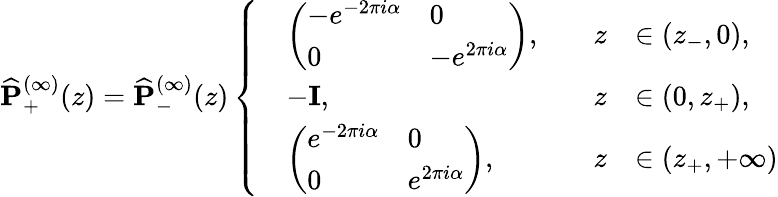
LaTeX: \widehat{\mathbf{P}}_{+}^{(\infty)}(z)=\widehat{\mathbf{P}}_{-}^{(\infty)}(z)\left\{ \begin{array}{rlrl}&{\left(\begin{array}{ll}{-e^{-2\pi i\alpha}}&{0}\\ {0}&{-e^{2\pi i\alpha}}\end{array}\right),\quad}&{z}&{\in(z_{-},0),}\\ &{-\mathbf{I},\quad}&{z}&{\in(0,z_{+}),}\\ &{\left(\begin{array}{ll}{e^{-2\pi i\alpha}}&{0}\\ {0}&{e^{2\pi i\alpha}}\end{array}\right),\quad}&{z}&{\in(z_{+},+\infty)}\end{array}\right.